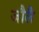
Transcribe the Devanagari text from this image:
जौलै